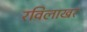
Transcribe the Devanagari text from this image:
रविलाखर